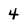
Character: 4